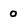
Character: 0